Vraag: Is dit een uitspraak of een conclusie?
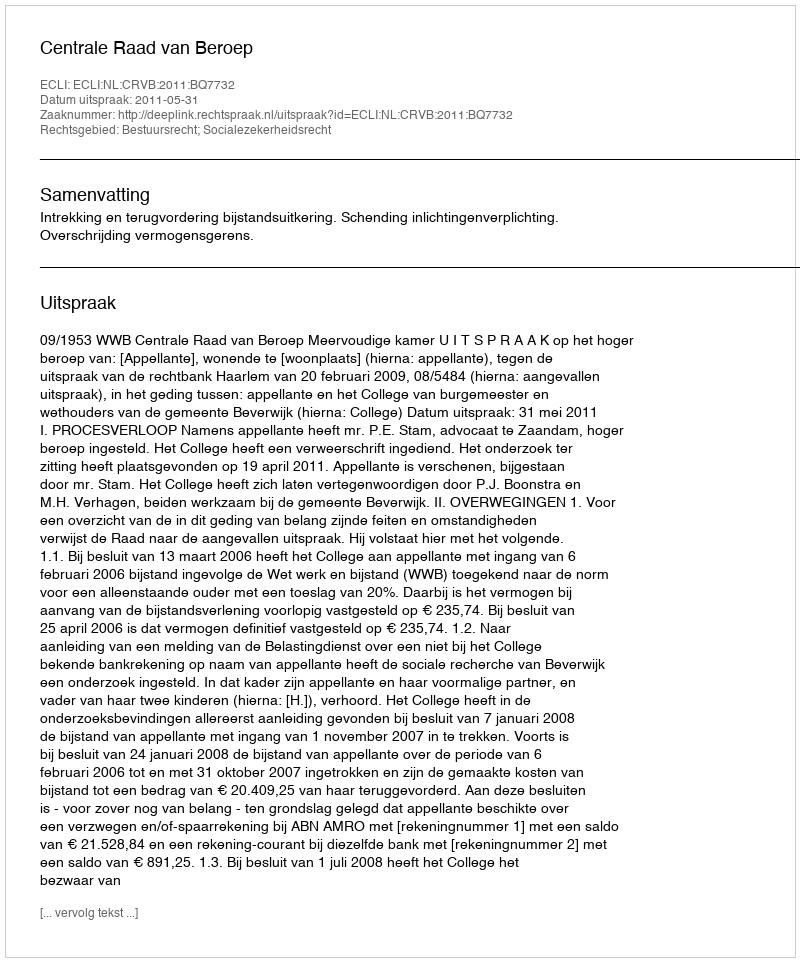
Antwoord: Uitspraak